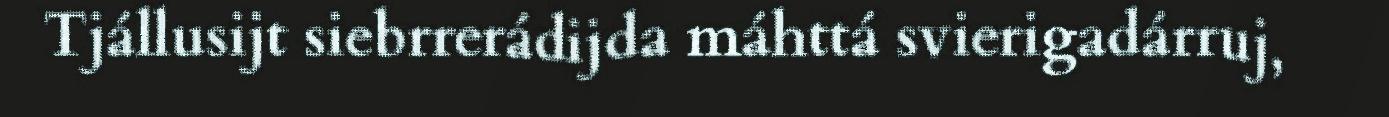
Tjállusijt siebrrerádijda máhttá svierigadárruj,